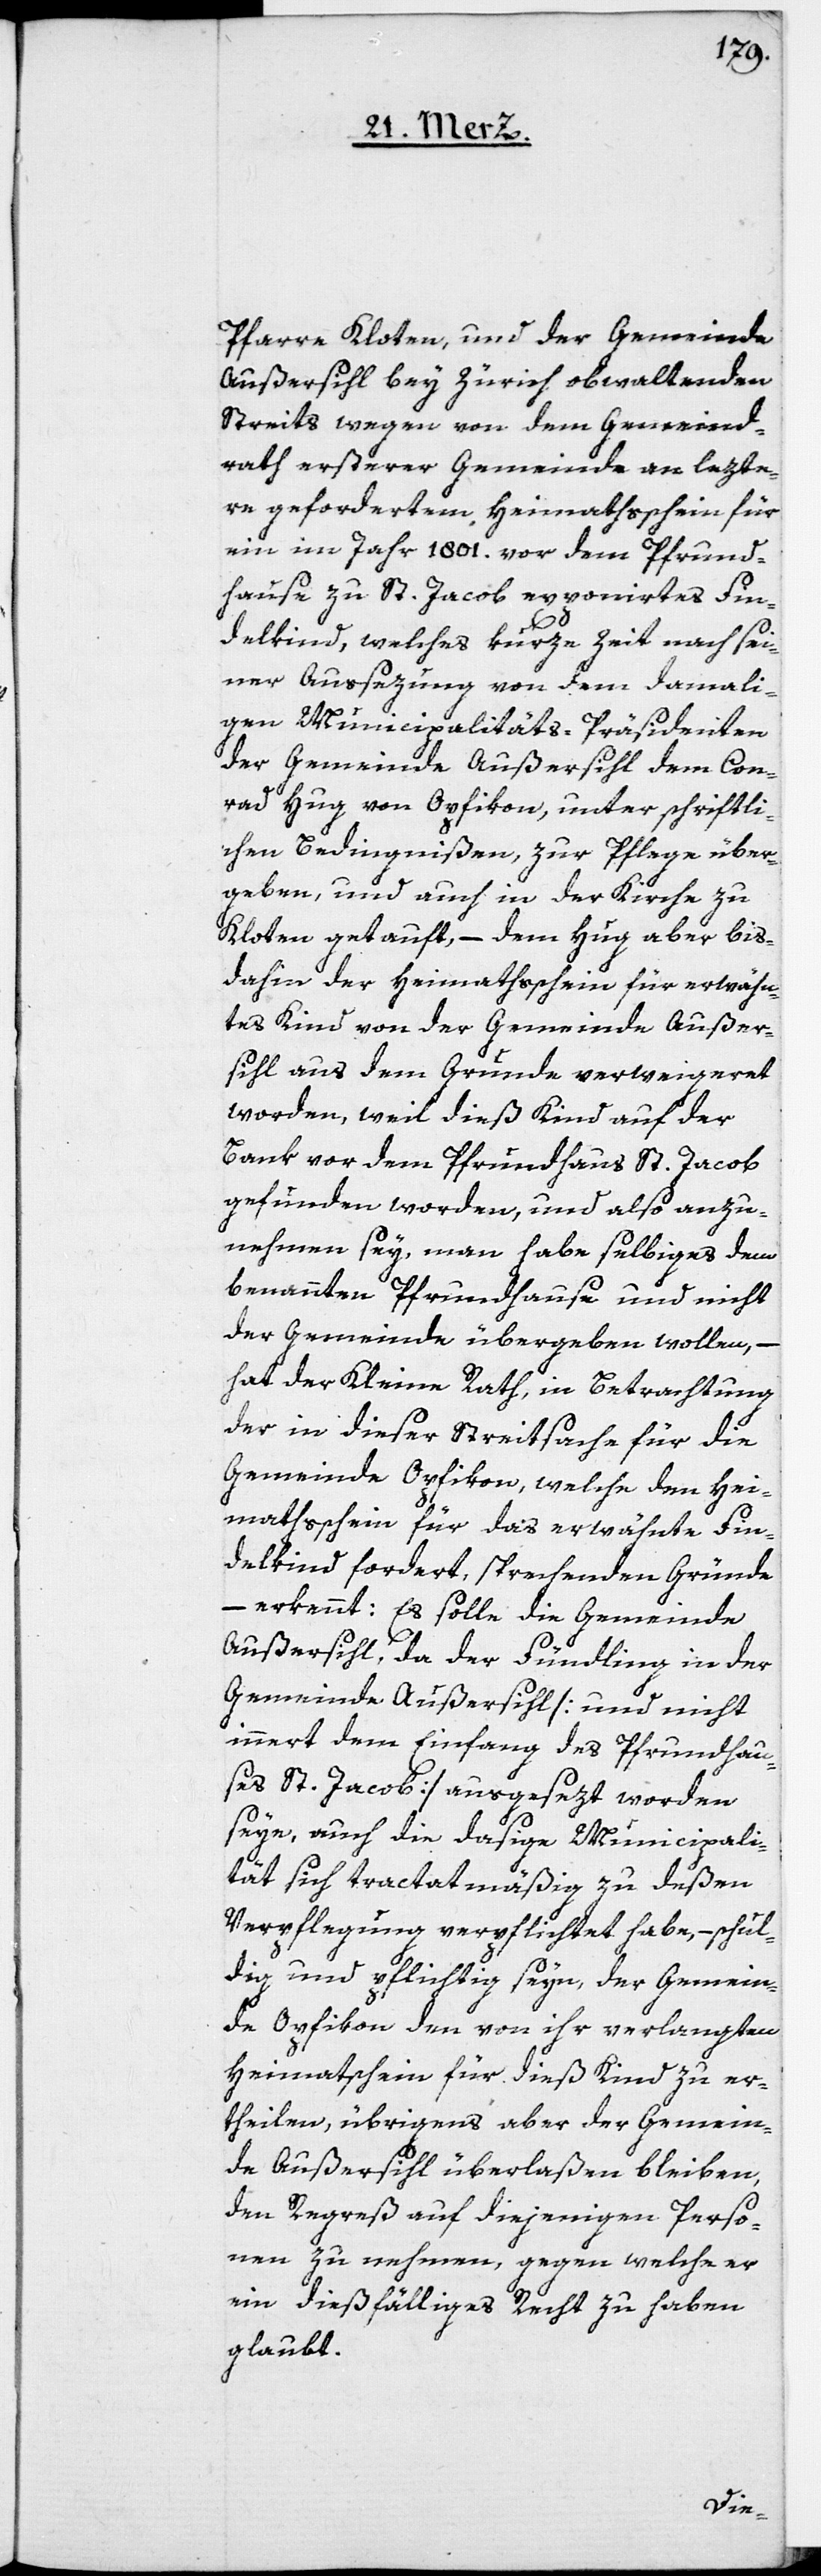
Pfarre Kloten, und der Gemeinde
Außersihl bey Zürich obwaltenden
Streits wegen von dem Gemeind¬
rath ersterer Gemeinde an lezte¬
re gefordertem Heimathschein für
ein im Jahr 1801. vor dem Pfrund¬
hause zu St. Jacob exponirtes Fin¬
delkind, welches kurze Zeit nach sei¬
ner Aussezung von dem damali¬
gen Municipalitäts-Präsidenten
der Gemeinde Außersihl dem Con¬
rad Hug von Opfikon, unter schriftli¬
chen Bedingnißen zur Pflege über¬
geben, und auch in der Kirche zu
Kloten getauft, – dem Hug aber bis¬
dahin der Heimathschein für erwähn¬
tes Kind von der Gemeinde Ausser¬
sihl aus dem Grunde verweigeret
worden, weil dieß Kind auf der
Bank vor dem Pfrundhaus St. Jacob
gefunden worden, und also anzu¬
nehmen sey, man habe selbiges dem
benannten Pfrundhause und nicht
der Gemeinde übergeben wollen, –
hat der Kleine Rath, in Betrachtung
der in dieser Streitsache für die
Gemeinde Opfikon, welche den Hei¬
mathschein für das erwähnte Fin¬
delkind fordert, sprechenden Gründe
– erkennt: Es solle die Gemeinde
Außersihl, da der Fündling in der
Gemeinde Außersihl [und nicht
innert dem Einfang des Pfrundhau¬
ses St. Jacob] ausgesezt worden
seye, auch die dasige Municipali¬
tät sich tractatmäßig zu deßen
Verpflegung verpflichtet habe, – schul¬
dig und pflichtig seyn, der Gemein¬
de Opfikon den von ihr verlangten
Heimatschein für dieß Kind zu er¬
theilen, übrigens aber der Gemein¬
de Außersihl überlaßen bleiben,
den Regreß auf diejenigen Perso¬
nen zu nehmen, gegen welche er
ein dießfälliges Recht zu haben
glaubt.